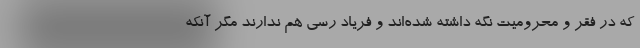
که در فقر و محرومیت نگه داشته شده‌اند و فریاد رسی هم ندارند مگر آنکه